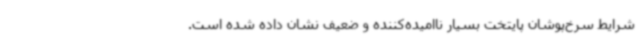
شرایط سرخ‌پوشان پایتخت بسیار ناامیده‌کننده و ضعیف نشان داده شده است.